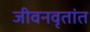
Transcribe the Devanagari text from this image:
जीवनवृतांत